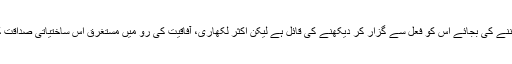
آج کی تنقید ہر اسم کو حقیقت ماننے کی بجائے اس کو فعل سے گزار کر دیکھنے کی قائل ہے لیکن اکثر لکھاری، آفاقیت کی رو میں مستغرق اس ساختیاتی صداقت کو ماننے سے انکار کرتے ہیں۔